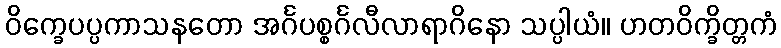
ဝိက္ခေပပ္ပကာသနတော အင်္ဂပစ္စင်္ဂလီလာရာဂိနော သပ္ပါယံ။ ဟတဝိက္ခိတ္တကံ